Scientific memoirs by medical officers of the Army of India - Part V,
Year: 1890
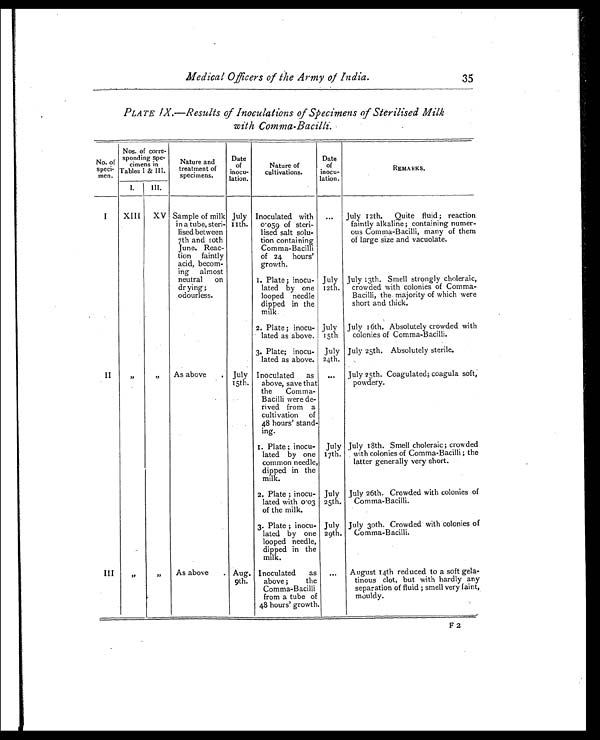
Medical Officers of the Army of India.
35
PLATE IX.—Results of Inoculations of Specimens of Sterilised Milk
with Comma-Bacilli.
No. of
speci-
men.
Nos. of corre-
sponding spe-
cimens in
Tables I & III.
Nature and
treatment of
specimens.
Date
of
in
ocu-
lation .
Nature of
cultivations.
Date
of
inocu-
lation.
REMARKS.
I.
III.
I
XIII XV Sample of milk
in a tube, steri-
lised between
7th and 10th
June. Reac-
tion faintly
acid, becom-
ing almost
neutral on
drying;
odourless.
July
11th.
Inoculated with
0.059 of steri-
lised salt solu-
tion containing
Comma-Bacilli
of 24 hours'
growth.
... July 12th. Quite fluid ; reaction
faintly alkaline; containing numer-
ous Comma-Bacilli, many of them
of large size and vacuolate.
1. Plate ; inocu-
lated by one
looped needle
dipped in the
milk.
July
12th.
July 13th. Smell strongly choleraic,
crowded with colonies of Comma-
Bacilli, the majority of which were
short and thick.
2. Plate; inocu-
lated as above.
July
15th
July 16th. Absolutely crowded with
colonies of Comma-Bacilli.
3. Plate; inocu-
lated as above.
July
24th.
July 25th. Absolutely sterile.
II
"
" As above . July
15th.
Inoculated as
above, save that
the Comma-
Bacilli were de-
rived from a
cultivation of
48 hours' stand-
ing.
... July 25th. Coagulated; coagula soft,
powdery.
1. Plate ; inocu-
lated by one
common needle,
dipped in the
milk.
July
17th.
July 18th. Smell choleraic; crowded
with colonies of Comma-Bacilli ; the
latter generally very short.
2. Plate ; inocu-
lated with 0.03
of the milk.
July
25th.
July 26th. Crowded with colonies of
Comma-Bacilli.
3. Plate ; inocu-
lated by one
looped needle,
dipped in the
milk.
July
29th.
July 30th. Crowded with colonies of
Comma-Bacilli.
III
"
" As above . Aug.
9th.
Inoculated as
above; the
Comma-Bacilli
from a tube of
48 hours' growth.
... August 14th reduced to a soft gela-
tinous clot, but with hardly any
separation of fluid ; smell very faint,
mouldy.
F2